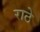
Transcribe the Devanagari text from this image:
राठे